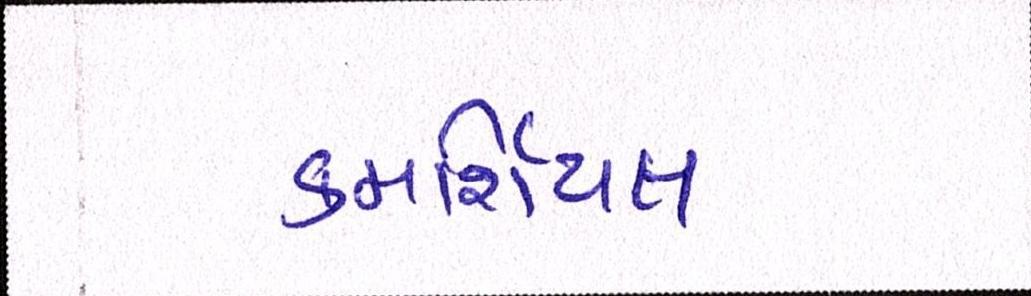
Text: કમર્શિયલ